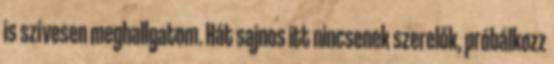
is szívesen meghallgatom. Hát sajnos itt nincsenek szerelők, próbálkozz